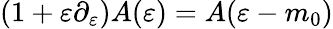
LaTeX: (1+\varepsilon\partial_{\varepsilon})A(\varepsilon)=A(\varepsilon-m_{0})